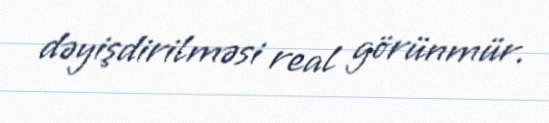
dəyişdirilməsi real görünmür.